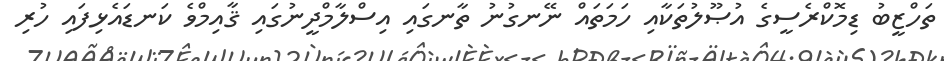
ތަހްޒީބު ޑިމޮކްރެސީގެ އުޞޫލުތަކާއި ހަމަތައް ނޭނގުނު ތާނގައި އިސްލާމްދީނުގައި ޤާއިމްވެ ކަނޑައެޅިފައި ހުރި